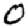
Digit: 0